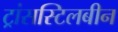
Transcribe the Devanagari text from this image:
ट्रांसस्टिलबीन